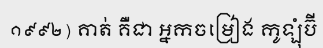
១៩៩២) គាត់ គឺជា អ្នកចម្រៀង កូឡុំប៊ី